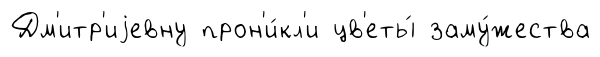
Дм'итр'иjевну прон'и́кл'и цв'еты́ заму́жества